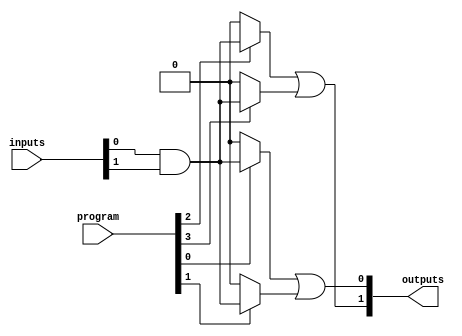
module hs_pal (
    input wire [N-1:0] inputs,   // N input lines
    input wire [M-1:0] program,   // Programming inputs to configure AND gates
    output wire [P-1:0] outputs    // P output lines
);
    parameter N = 8;              // Number of input lines
    parameter M = 4;              // Number of AND gates
    parameter P = 2;              // Number of output lines

    // Internal signals for AND gate outputs
    wire [M-1:0] and_outputs;

    // Programmable AND Array
    genvar i;
    generate
        for (i = 0; i < M; i = i + 1) begin: and_array
            assign and_outputs[i] = (program[i] == 1'b1) ? (inputs[0] & inputs[1]) : 1'b0; // Example logic
            // You can modify the logic here to use different inputs based on your programming
        end
    endgenerate

    // Fixed OR Array
    assign outputs[0] = and_outputs[0] | and_outputs[1]; // Example logic for output 0
    assign outputs[1] = and_outputs[2] | and_outputs[3]; // Example logic for output 1

endmodule